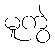
မူကွဲ